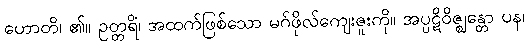
ဟောတိ၊ ၏။ ဥတ္တရိံ၊ အထက်ဖြစ်သော မဂ်ဖိုလ်ကျေးဇူးကို။ အပ္ပဋိဝိဇ္ဈန္တော ပန၊